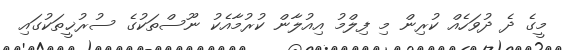
މީގެ ދެ ދުވަހެއް ކުރިން މި ފިލްމު އިއުލާން ކުރުމާއެކު ނޫސްތަކުގެ ސުރުޚީތަކުގައި